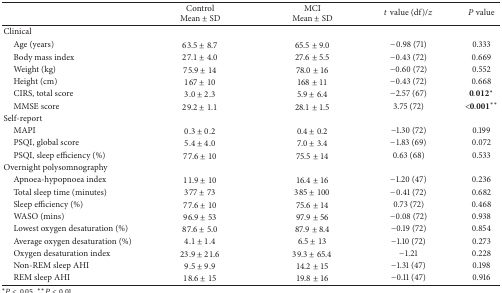
|  | ControlMean ± SD | MCIMean ± SD | t value (df)/z | P value |
 | --- | --- | --- | --- | --- |
 | Clinical |  |  |  |  |
 | Age (years) | 63.5 ± 8.7 | 65.5 ± 9.0 | −0.98 (71) | 0.333 |
 | Body mass index | 27.1 ± 4.0 | 27.6 ± 5.5 | −0.43 (72) | 0.669 |
 | Weight (kg) | 75.9 ± 14 | 78.0 ± 16 | −0.60 (72) | 0.552 |
 | Height (cm) | 167 ± 10 | 168 ± 11 | −0.43 (72) | 0.668 |
 | CIRS, total score | 3.0 ± 2.3 | 5.9 ± 6.4 | −2.57 (67) | 0.012* |
 | MMSE score | 29.2 ± 1.1 | 28.1 ± 1.5 | 3.75 (72) | <0.001** |
 | Self-report |  |  |  |  |
 | MAPI | 0.3 ± 0.2 | 0.4 ± 0.2 | −1.30 (72) | 0.199 |
 | PSQI, global score | 5.4 ± 4.0 | 7.0 ± 3.4 | −1.83 (69) | 0.072 |
 | PSQI, sleep efficiency (%) | 77.6 ± 10 | 75.5 ± 14 | 0.63 (68) | 0.533 |
 | Overnight polysomnography |  |  |  |  |
 | Apnoea-hypopnoea index | 11.9 ± 10 | 16.4 ± 16 | −1.20 (47) | 0.236 |
 | Total sleep time (minutes) | 377 ± 73 | 385 ± 100 | −0.41 (72) | 0.682 |
 | Sleep efficiency (%) | 77.6 ± 10 | 75.6 ± 14 | 0.73 (72) | 0.468 |
 | WASO (mins) | 96.9 ± 53 | 97.9 ± 56 | −0.08 (72) | 0.938 |
 | Lowest oxygen desaturation (%) | 87.6 ± 5.0 | 87.9 ± 8.4 | −0.19 (72) | 0.854 |
 | Average oxygen desaturation (%) | 4.1 ± 1.4 | 6.5 ± 13 | −1.10 (72) | 0.273 |
 | Oxygen desaturation index | 23.9 ± 21.6 | 39.3 ± 65.4 | −1.21 | 0.228 |
 | Non-REM sleep AHI | 9.5 ± 9.9 | 14.2 ± 15 | −1.31 (47) | 0.198 |
 | REM sleep AHI | 18.6 ± 15 | 19.8 ± 16 | −0.11 (47) | 0.916 |